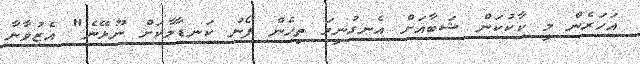
އަހަރެން މީ ކާކުކަން ޝަބާއަށް އެނގުނީމަ ތިހެން ފޯނު ކަނޑާލާކަށް ނޫޅޭނެ" އެޒުވާނާ